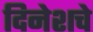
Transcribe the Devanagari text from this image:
दिनेशचे